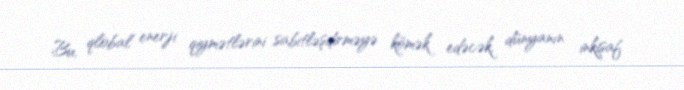
Bu, qlobal enerji qiymətlərini sabitləşdirməyə kömək edəcək, dünyanın inkişaf